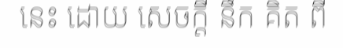
នេះ ដោយ សេចក្តី នឹក គិត ពី